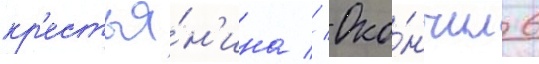
кр'естья́н'ина // Око́нчил 6